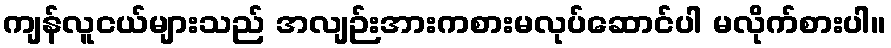
ကျန်လူငယ်များသည် အလျဉ်းအားကစားမလုပ်ဆောင်ပါ မလိုက်စားပါ။